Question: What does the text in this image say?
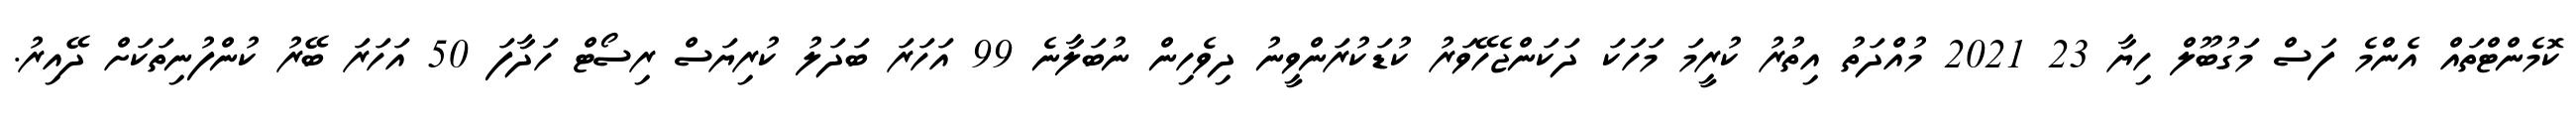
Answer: ކޮމެންޓްތައް އެންމެ ފަސް މަގުބޫލް ހިޔާ 23 2021 މުއްދަތު އިތުރު ކުރީމަ މަހަކަ ދަކަންޖެހޭވަރު ކުޑަކުރަންވީނު ދިވެހިން ނުބަލާނެ 99 އަހަރަ ބަދަލު ކުރިޔަސް ރިސޯޓް ހަދާފަ 50 އަހަރަ ބޭރު ކުންފުނިތަކަށް ދޭއިރު.